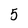
Character: 5